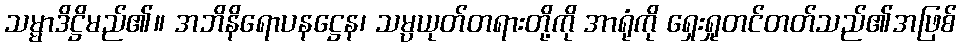
သမ္မာဒိဋ္ဌိမည်၏။ အဘိနိရောပနဋ္ဌေန၊ သမ္ပယုတ်တရားတို့ကို အာရုံကို ရှေးရှုတင်တတ်သည်၏အဖြစ်